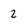
Character: 2